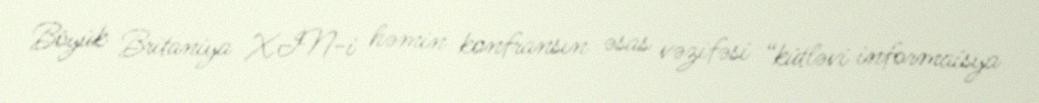
Böyük Britaniya XİN-i həmin konfransın əsas vəzifəsi “kütləvi informaisya